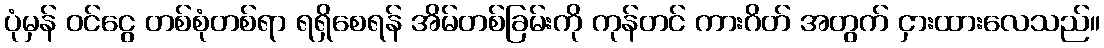
ပုံမှန် ဝင်ငွေ တစ်စုံတစ်ရာ ရရှိစေရန် အိမ်တစ်ခြမ်းကို ကုန်တင် ကားဂိတ် အတွက် ငှားထားလေသည်။